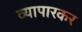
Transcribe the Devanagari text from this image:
व्यापारकर